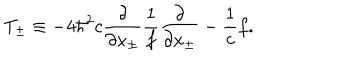
LaTeX: T _ { \pm } \equiv - 4 { \hbar } ^ { 2 } c \frac { \partial } { \partial x _ { \pm } } \frac { 1 } { f } \frac { \partial } { \partial x _ { \pm } } - \frac { 1 } { c } f .